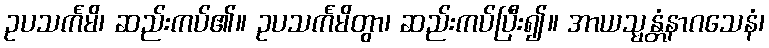
ဥပသင်္ကမိ၊ ဆည်းကပ်၏။ ဥပသင်္ကမိတွာ၊ ဆည်းကပ်ပြီး၍။ အာယသ္မန္တံနာဂသေနံ၊